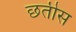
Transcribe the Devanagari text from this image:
छतीस